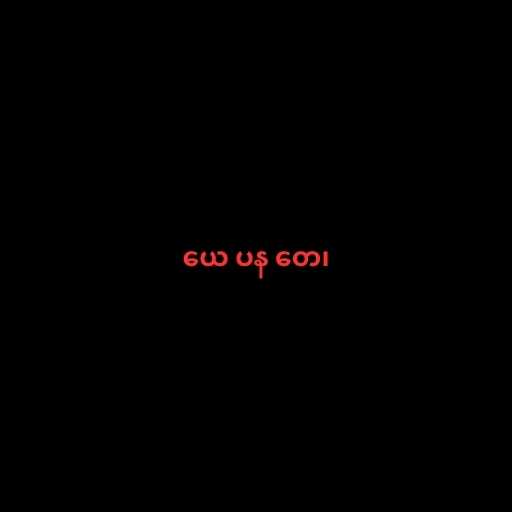
ယေ ပန တေ၊